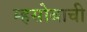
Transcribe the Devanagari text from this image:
म्हसोबाची